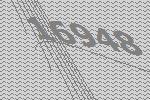
16948